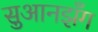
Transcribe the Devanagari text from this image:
सुआनझँग